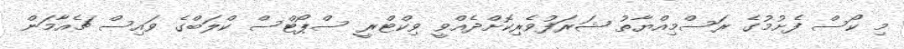
މި ކޯސް ފެށުމުގެ ރަސްމިއްޔާތު ޝަރަފުވެރިކޮށްދެއްވީ ވިކްޓްރީ ސްޕޯޓްސް ކްލަބްގެ ވައިސް ޗެއާމަން